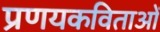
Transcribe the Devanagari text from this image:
प्रणयकविताओं